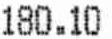
180.10